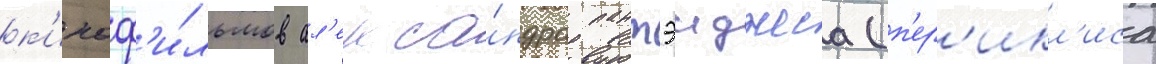
к'иноф'и́льмов ал'екса́ндра пантэиджеса (п'ер'икл'иса